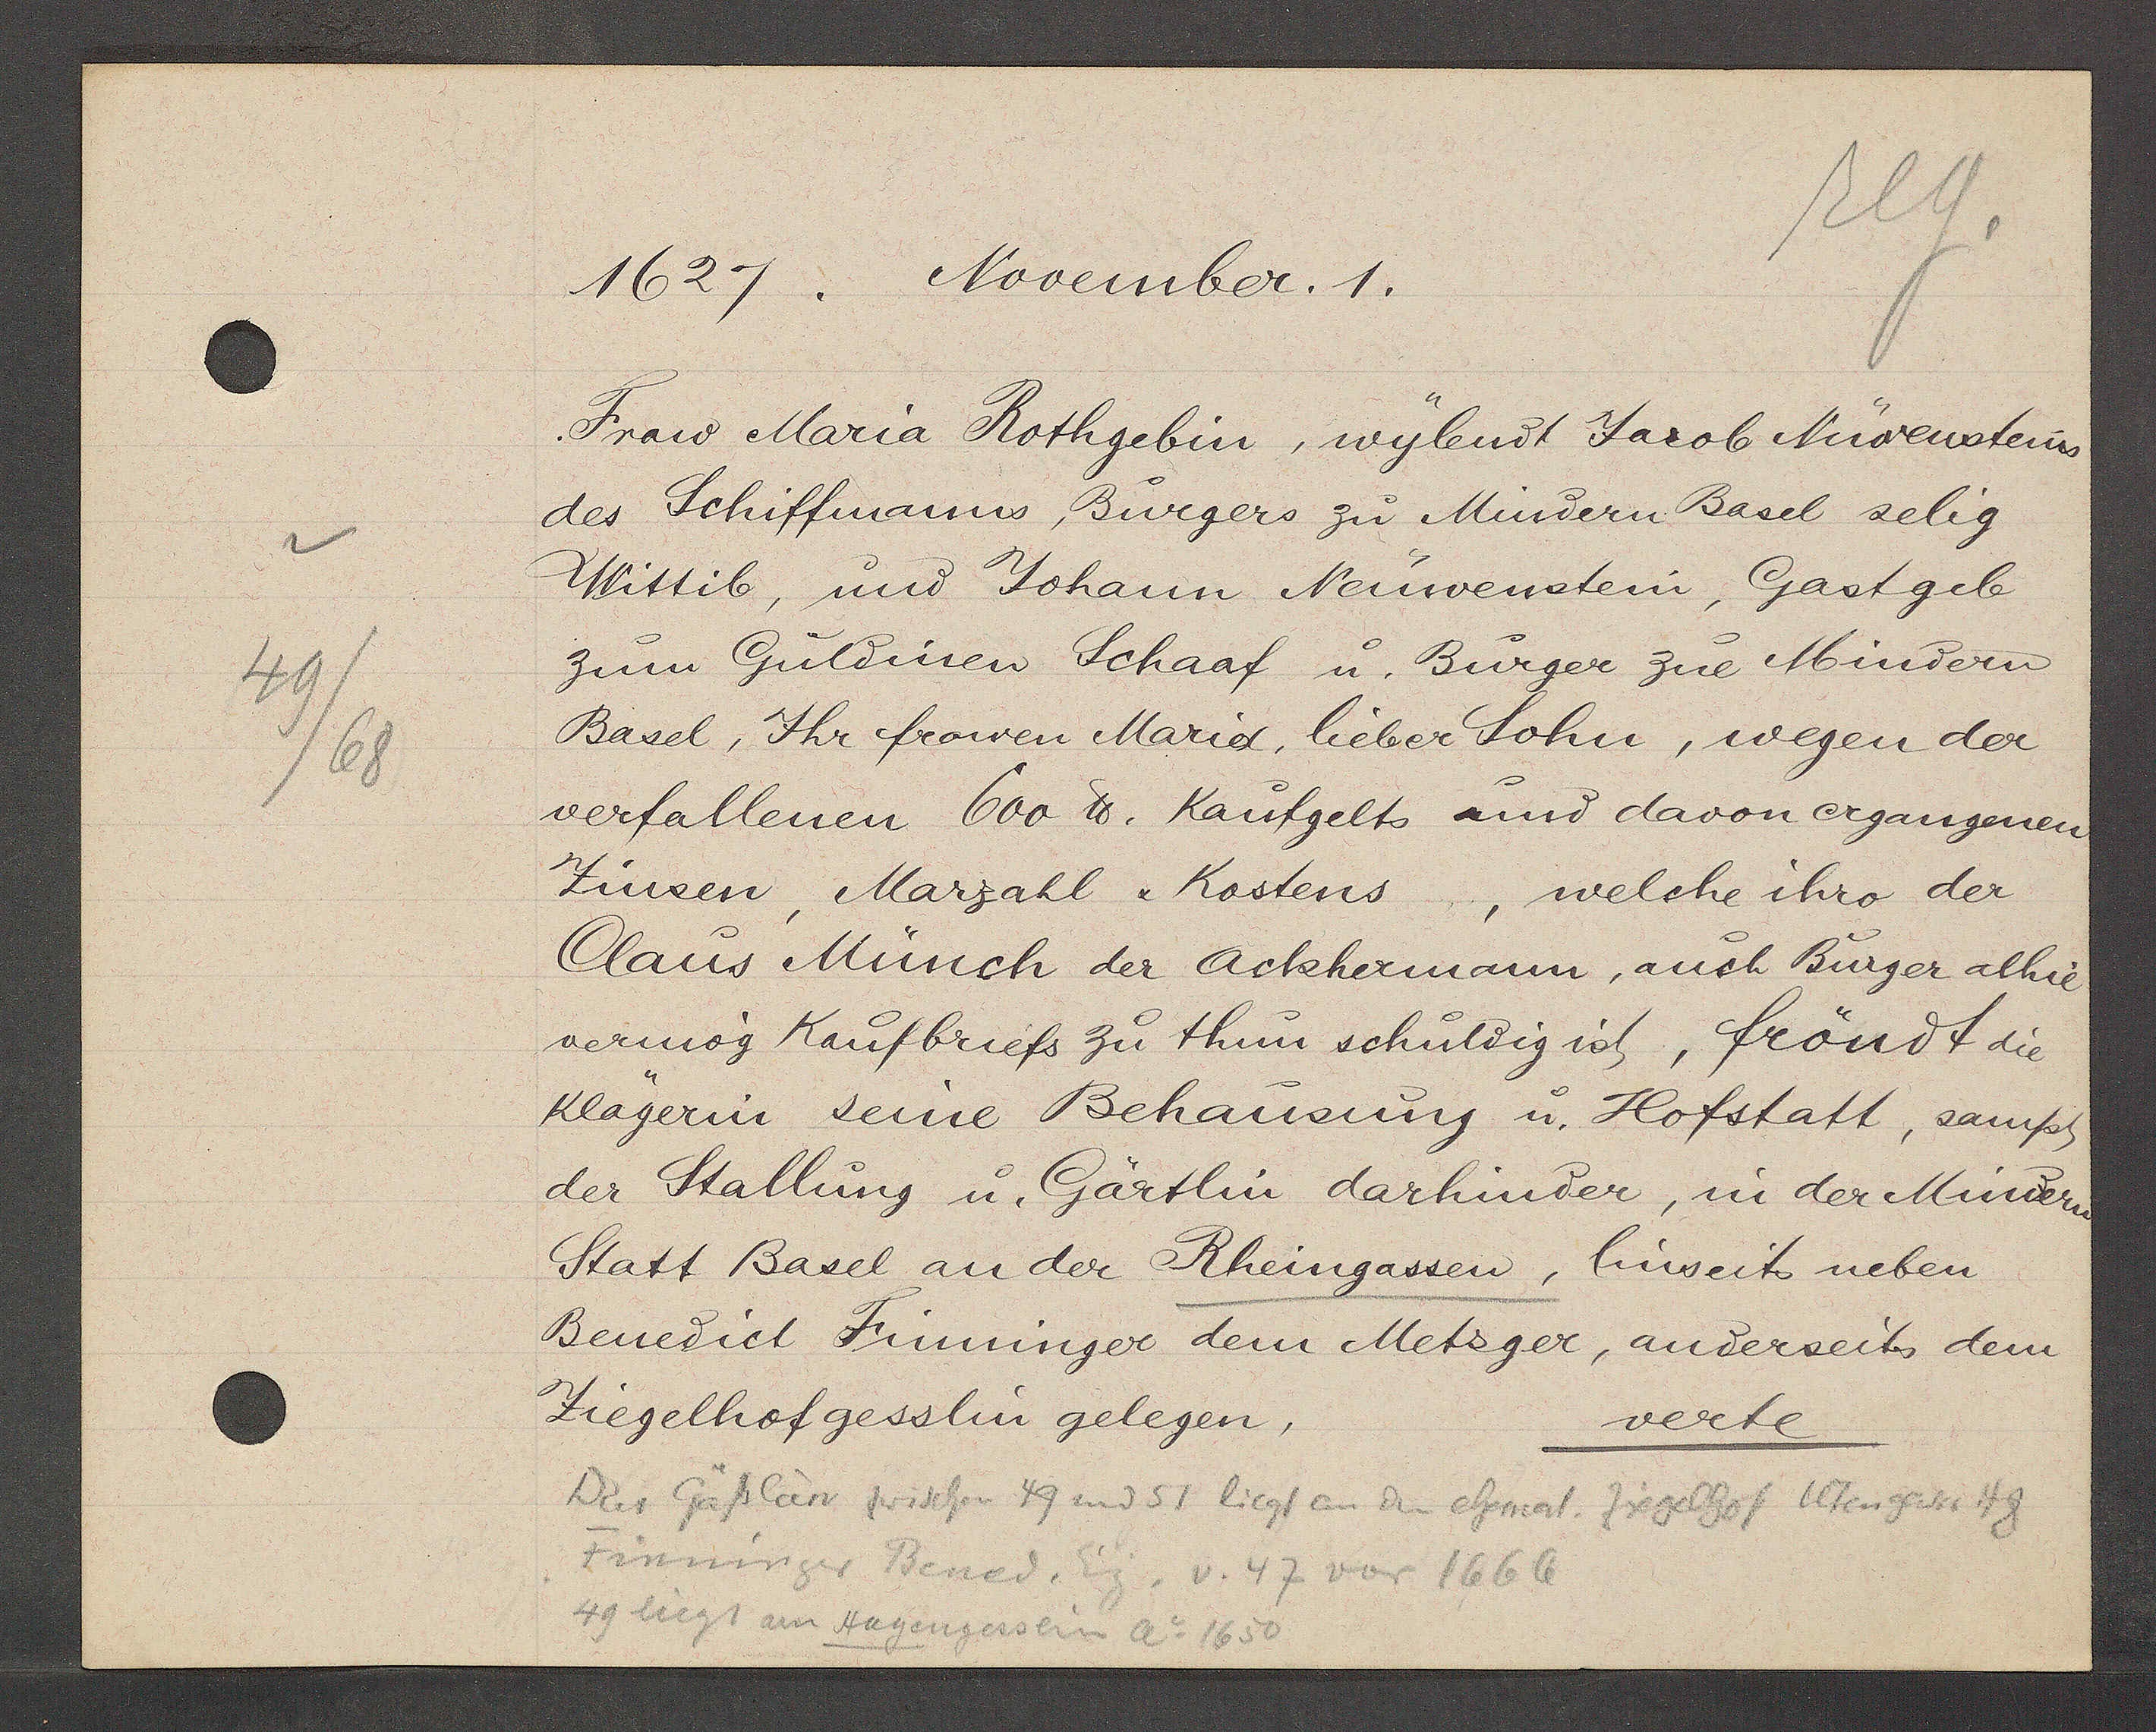
Transcript:
49
/68

1627.  November. 1.

Frau Maria Rothgebin, wylendt Jacob Nüwensteins
des Schiffmanns, Bürgers zu Mindern Basel selig
Wittib, und Johann Neuwenstein, Gast geb
zum Guldinen Schaaf u. Burger zue Mindern
Basel, Ihr frowen Maria, lieber Sohn, wegen der
verfallenen 600 ℔. Kaufgelts und davon ergangenen
Zinsen, Marzahl, Kostens, welche ihro der
Claus Münch der Ackhermann, auch Bürger alhie
vermög Kaufbriefs zu thun schuldig ist, fröndt die
Klägerin seine Behausung u. Hofstatt, sampt
der Stallung u. Gärtlin darhinder, in der Minderen
Statt Basel an der Rheingassen, Einseits neben
Benedict Finninger dem Metzger, anderseits dem
Ziegelhof gesslin gelegen,
verte

Das Gäßleinn zwischen 49 und 51 liegt an dem ehemal. Ziegelhof Utengasse 48
Finninger Benad. Eig. v. 47 vor 1666
49 liegt am Hagengesslin Ao 1650